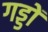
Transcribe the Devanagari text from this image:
गड्डों